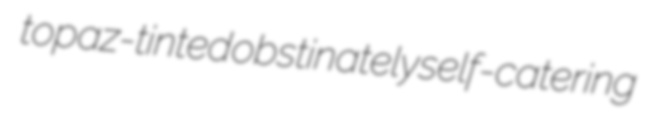
topaz-tinted obstinately self-catering